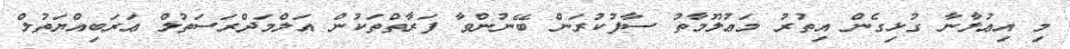
މި އިޢުލާނާ ގުޅިގެން އިތުރު މަޢުލޫމާތު ސާފުކުރަން ބޭނުންވާ ފަރާތްތަކުން އަލްމަދްރަސަތުލް ޢަރަބިއްޔަތުލް